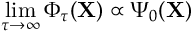
\operatorname* { l i m } _ { \tau \rightarrow \infty } \Phi _ { \tau } ( \mathbf { X } ) \propto \Psi _ { 0 } ( \mathbf { X } )